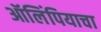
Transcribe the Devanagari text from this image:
ऑलिंपियाचा